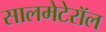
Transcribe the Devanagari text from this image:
सालमेटेरॉल